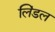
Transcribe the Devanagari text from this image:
लिंडल